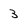
Character: 3